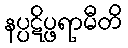
နပ္ပဋိပ္ဖရာမီတိ